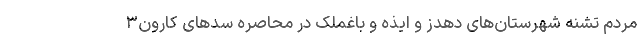
مردم تشنه شهرستان‌های دهدز و ایذه و باغملک در محاصره سدهای کارون۳